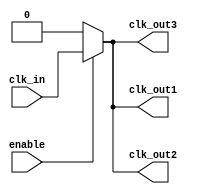
module low_power_clock_buffer (
    input wire clk_in,                // Input clock signal
    input wire enable,                // Control signal for clock gating
    output wire clk_out1,             // Output clock signal 1
    output wire clk_out2,             // Output clock signal 2
    output wire clk_out3              // Output clock signal 3
);

    // Internal signals
    wire clk_gated;                   // Gated clock signal
    wire clk_buf1, clk_buf2, clk_buf3; // Buffered clock signals

    // Input Stage: Schmitt Trigger-like behavior (simplified)
    wire clk_clean;
    assign clk_clean = clk_in; // In practice, this would be a Schmitt trigger

    // Clock Gating Logic
    assign clk_gated = enable ? clk_clean : 1'b0;

    // Buffer Stage: Simple buffer implementation
    // In practice, these would be designed to minimize power
    assign clk_buf1 = clk_gated; // Buffer for output 1
    assign clk_buf2 = clk_gated; // Buffer for output 2
    assign clk_buf3 = clk_gated; // Buffer for output 3

    // Output Drivers: Drive strength can be adjusted based on load
    assign clk_out1 = clk_buf1; // Output clock 1
    assign clk_out2 = clk_buf2; // Output clock 2
    assign clk_out3 = clk_buf3; // Output clock 3

endmodule